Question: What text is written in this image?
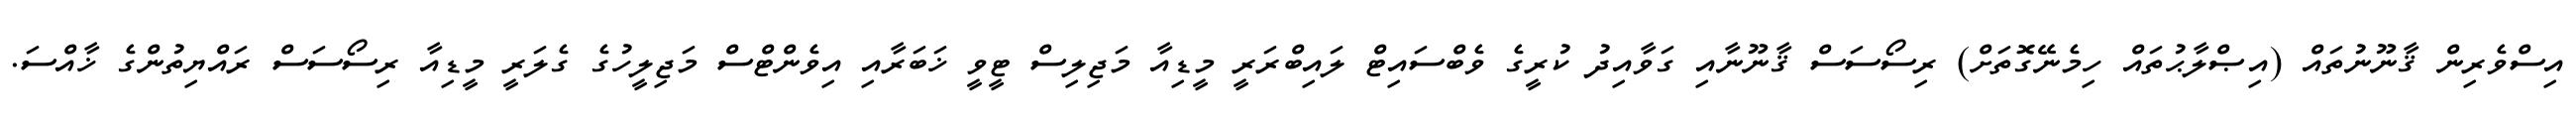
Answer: އިސްވެރިން ޤާނޫނުތައް (އިޞްލާޙުތައް ހިމެނޭގޮތަށް) ރިސޯސަސް ޤާނޫނާއި ގަވާއިދު ކުރީގެ ވެބްސައިޓް ލައިބްރަރީ މީޑިއާ މަޖިލިސް ޓީވީ ޚަބަރާއި އިވެންޓްސް މަޖިލީހުގެ ގެލަރީ މީޑިއާ ރިސޯސަސް ރައްޔިތުންގެ ޚާއްސަ.